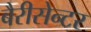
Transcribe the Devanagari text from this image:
बैरीसेन्टर